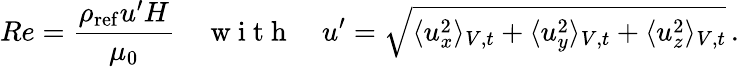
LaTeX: Re=\frac{\rho_{\mathrm{ref}}u^{\prime}H}{\mu_{0}}\quad\mathrm{~w~i~t~h~}\quad u^{\prime}=\sqrt{\langle u_{x}^{2}\rangle_{V,t}+\langle u_{y}^{2}\rangle_{V,t}+\langle u_{z}^{2}\rangle_{V,t}}\, .